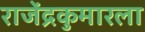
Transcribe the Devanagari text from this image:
राजेंद्रकुमारला